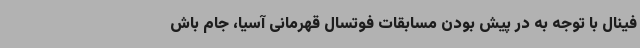
فینال با توجه به در پیش بودن مسابقات فوتسال قهرمانی آسیا، جام باش